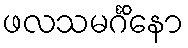
ဖလသမင်္ဂိနော